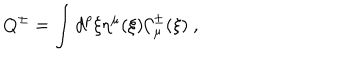
Q ^ { \pm } = \int d ^ { p } \xi \eta ^ { \mu } ( \xi ) { \cal C } _ { \mu } ^ { \pm } ( \xi ) \ ,